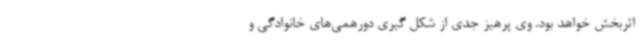
اثربخش خواهد بود. وی پرهیز جدی از شکل گیری دورهمی‌های خانوادگی و